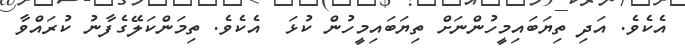
އެކެވެ. އަދި ތިޔަބައިމީހުންނަށް ތިޔަބައިމީހުން ކުޅަ  އެކެވެ. ތިމަންކަލޭގެފާނު ކުރައްވާ